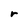
Character: r